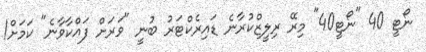
ނޯޓީ 40 "ނޯޓީ40" މިރޭ ރިލީޒްކުރާނެ ޑައިރެކްޓަރު ބުނީ "ވަަރަށް ފައްކާވާނެ" ކަމަށް!